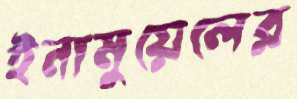
ইনামুয়েলের